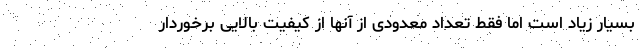
بسیار زیاد است اما فقط تعداد معدودی از آنها از کیفیت بالایی برخوردار